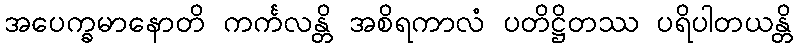
အပေက္ခမာနောတိ ကင်္ကလန္တိ အစိရကာလံ ပတိဋ္ဌိတဿ ပရိပါတယန္တိ